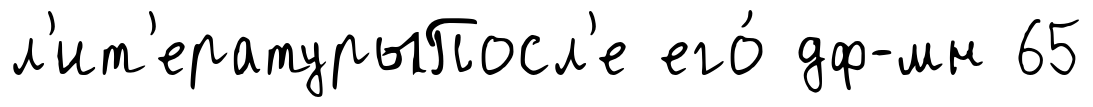
л'ит'ературыПосл'е его́ дф-мн 65